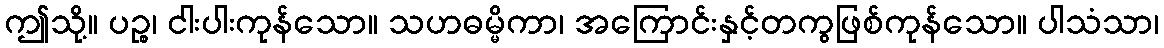
ဤသို့။ ပဉ္စ၊ ငါးပါးကုန်သော။ သဟဓမ္မိကာ၊ အကြောင်းနှင့်တကွဖြစ်ကုန်သော။ ပါသံသာ၊